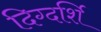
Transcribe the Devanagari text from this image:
दिग्दर्शि